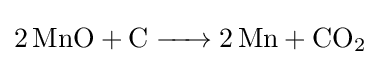
{\ce {2MnO + C -> 2Mn + CO2}}